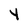
Character: Y